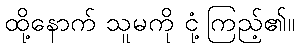
ထို့နောက် သူမကို ငုံ့ကြည့်၏။